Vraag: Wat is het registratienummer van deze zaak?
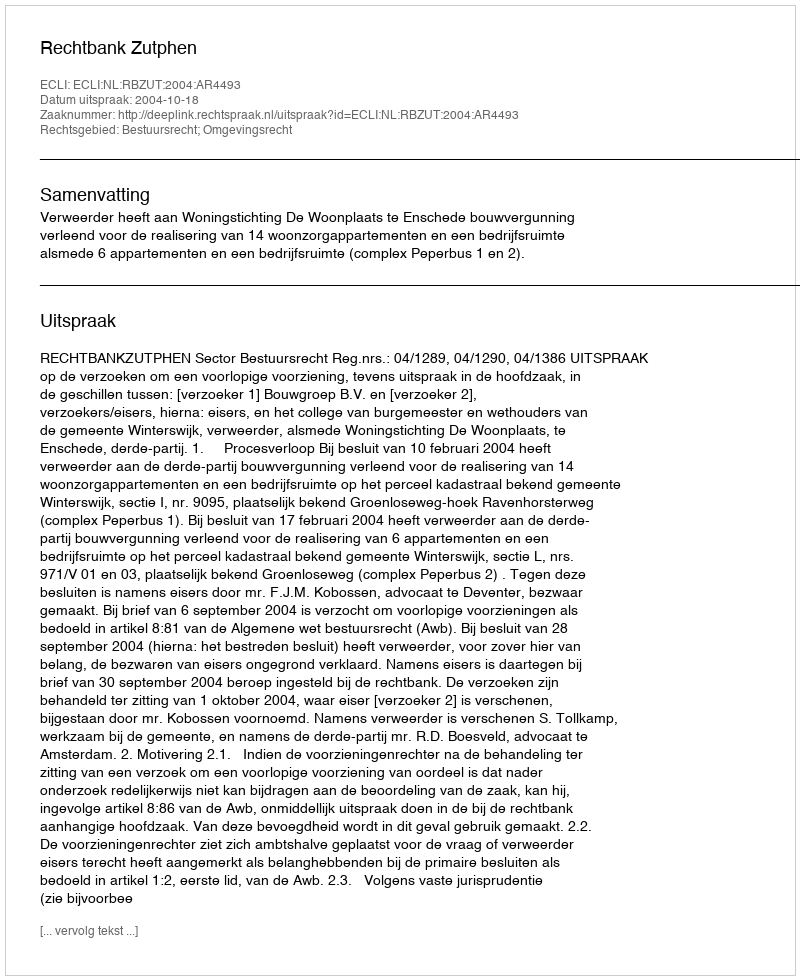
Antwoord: http://deeplink.rechtspraak.nl/uitspraak?id=ECLI:NL:RBZUT:2004:AR4493